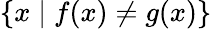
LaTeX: \{ x\mid f(x)\neq g(x)\}